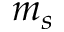
m _ { s }